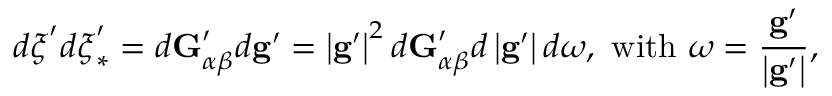
d \boldsymbol { \xi } ^ { \prime } d \boldsymbol { \xi } _ { \ast } ^ { \prime } = d \mathbf { G } _ { \alpha \beta } ^ { \prime } d \mathbf { g } ^ { \prime } = \left\vert \mathbf { g } ^ { \prime } \right\vert ^ { 2 } d \mathbf { G } _ { \alpha \beta } ^ { \prime } d \left\vert \mathbf { g } ^ { \prime } \right\vert d \boldsymbol { \omega } \mathrm { , ~ w i t h ~ } \boldsymbol { \omega } = \frac { \mathbf { g } ^ { \prime } } { \left\vert \mathbf { g } ^ { \prime } \right\vert } \mathrm { , }